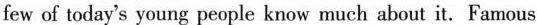
few of today's young people know much about it.Famous